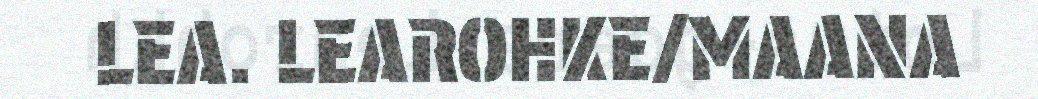
LEA. LEAROHKE/MAANA